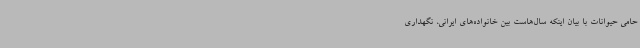
حامی حیوانات با بیان اینکه سال‌هاست بین خانواده‌های ایرانی، نگهداری